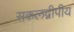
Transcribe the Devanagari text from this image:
सकलद्वीपीय